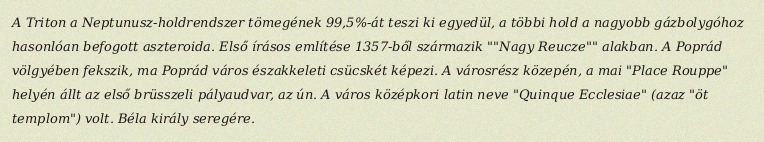
A Triton a Neptunusz-holdrendszer tömegének 99,5%-át teszi ki egyedül, a többi hold a nagyobb gázbolygóhoz hasonlóan befogott aszteroida. Első írásos említése 1357-ből származik ""Nagy Reucze"" alakban. A Poprád völgyében fekszik, ma Poprád város északkeleti csücskét képezi. A városrész közepén, a mai "Place Rouppe" helyén állt az első brüsszeli pályaudvar, az ún. A város középkori latin neve "Quinque Ecclesiae" (azaz "öt templom") volt. Béla király seregére.